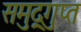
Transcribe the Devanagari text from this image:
समुद्र्गुप्त